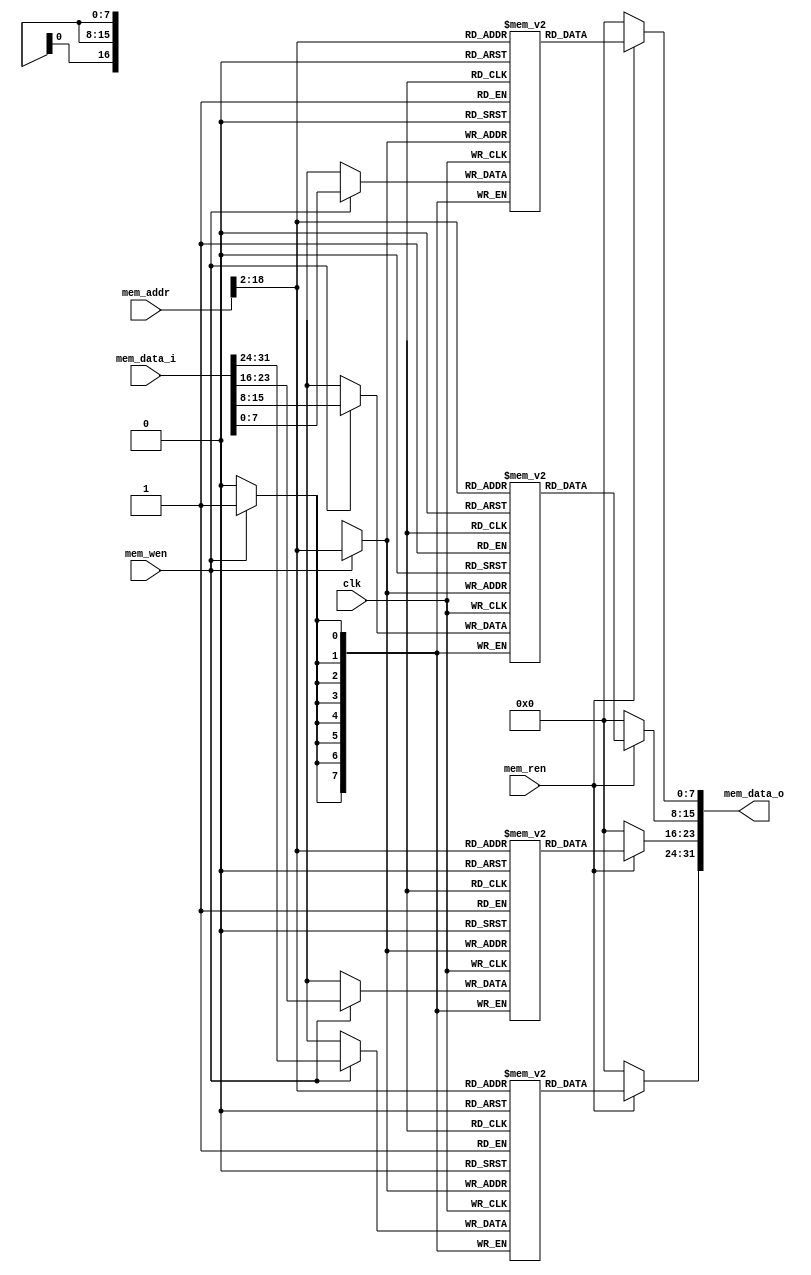
`timescale 1ns/1ps
module DataMem(

input clk,mem_wen,mem_ren,

input[31:0] mem_addr,

input[31:0] mem_data_i,

output [31:0] mem_data_o

    );
    reg[7:0] data_mem0[0:66535];
    reg[7:0] data_mem1[0:66535];
    reg[7:0] data_mem2[0:66535];
    reg[7:0] data_mem3[0:66535];

    always@(negedge clk)begin
        if(mem_wen)begin
            data_mem0[mem_addr[31:2]] <= mem_data_i[7:0];
            data_mem1[mem_addr[31:2]] <= mem_data_i[15:8];
            data_mem2[mem_addr[31:2]] <= mem_data_i[23:16];
            data_mem3[mem_addr[31:2]] <= mem_data_i[31:24];
            end
        end
   
    assign mem_data_o[7:0] = (mem_ren)?data_mem0[mem_addr[31:2]]:0;
    assign mem_data_o[15:8] = (mem_ren)?data_mem1[mem_addr[31:2]]:0;
    assign mem_data_o[23:16] = (mem_ren)?data_mem2[mem_addr[31:2]]:0;
    assign mem_data_o[31:24] = (mem_ren)?data_mem3[mem_addr[31:2]]:0;


endmodule